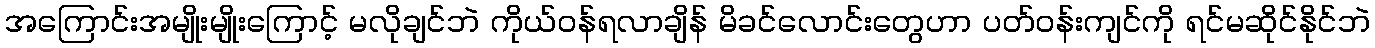
အကြောင်းအမျိုးမျိုးကြောင့် မလိုချင်ဘဲ ကိုယ်ဝန်ရလာချိန် မိခင်လောင်းတွေဟာ ပတ်ဝန်းကျင်ကို ရင်မဆိုင်နိုင်ဘဲ